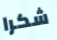
شكرا